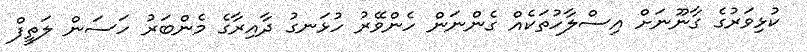
ކުޅިވަރުގެ ގާނޫނަށް އިސްލާހުތަކެއް ގެންނަން ހެންވޭރު ހުޅަނގު ދާއިރާގެ މެންބަރު ހަސަން ލަތީފް